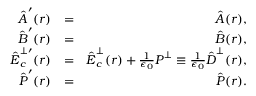
\begin{array} { r l r } { \hat { \boldsymbol A } ^ { \prime } ( \boldsymbol r ) } & { = } & { \hat { \boldsymbol A } ( \boldsymbol r ) , } \\ { \hat { \boldsymbol B } ^ { \prime } ( \boldsymbol r ) } & { = } & { \hat { \boldsymbol B } ( \boldsymbol r ) , } \\ { \hat { \boldsymbol E } _ { c } ^ { \perp \prime } ( \boldsymbol r ) } & { = } & { \hat { \boldsymbol E } _ { c } ^ { \perp } ( \boldsymbol r ) + \frac { 1 } { \epsilon _ { 0 } } { \boldsymbol P } ^ { \perp } \equiv \frac { 1 } { \epsilon _ { 0 } } \hat { \boldsymbol D } ^ { \perp } ( \boldsymbol r ) , } \\ { \hat { \boldsymbol P } ^ { \prime } ( \boldsymbol r ) } & { = } & { \hat { \boldsymbol P } ( \boldsymbol r ) . } \end{array}